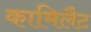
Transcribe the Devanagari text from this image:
कामिलैट